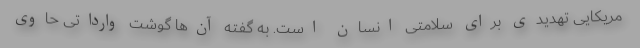
مریکایی تهدیدی برای سلامتی انسان است. به گفته آن‌ها گوشت وارداتی حاوی